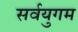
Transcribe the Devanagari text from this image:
सर्वयुगम